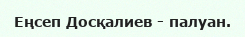
Еңсеп Досқалиев - палуан.